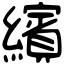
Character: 繽